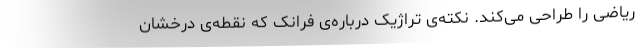
ریاضی را طراحی می‌کند. نکته‌ی تراژیک درباره‌ی فرانک که نقطه‌ی درخشان